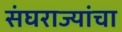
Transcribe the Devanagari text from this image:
संघराज्यांचा